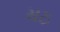
મઠ